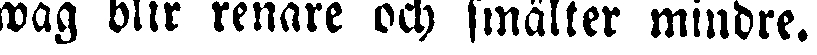
wag blir renare och smälter mindre.